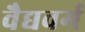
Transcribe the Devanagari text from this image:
वैद्यवर्ग